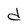
Character: d